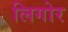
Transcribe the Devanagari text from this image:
लिगोर